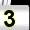
Digit: 3